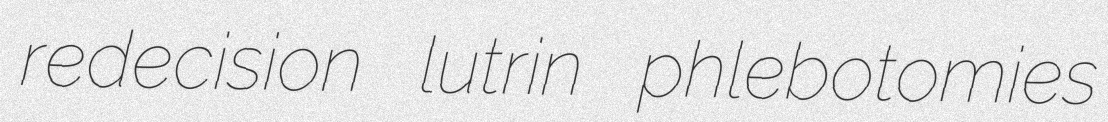
redecision lutrin phlebotomies